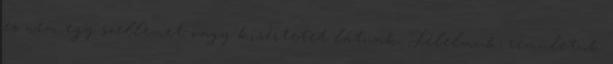
és nem egy szellemet vagy kísértetet látnak. Félelmük, rémületük